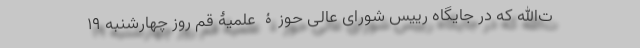
ت‌الله که در جایگاه رییس شورای عالی حوزۀ علمیۀ قم روز چهارشنبه 19